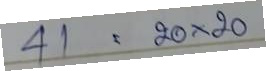
41 = 20x20